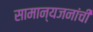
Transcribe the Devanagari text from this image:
सामान्यजनांची